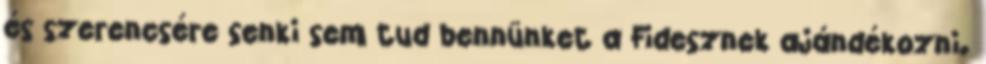
és szerencsére senki sem tud bennünket a Fidesznek ajándékozni.